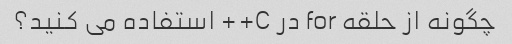
چگونه از حلقه for در C++ استفاده می کنید؟